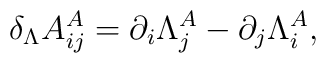
\delta_{\Lambda}A^A_{ij}=\partial_i \Lambda^A_j -\partial_j \Lambda^A_i,